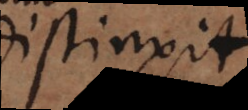
distinxit.